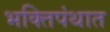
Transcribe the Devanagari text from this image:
भक्तिपंथात